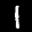
Label: 1